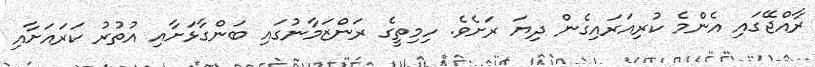
ރާއްޖޭގައި އެންމެ ކުރިއަރައިގެން ދިޔަ ރަށެވެ. ހިމިތީގެ ރަންޒަމާނުގައި ބަންގާޅަށާއި އުތުރު ކަރައަށާއި